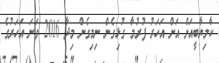
ކާމިޔާބީއަށް އަށް އަހަރު ފުރުމާ ގުޅިގެން ނިމިގެން މިދާ 2016 ވަނަ އަހަރުގެ